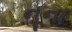
નૂના